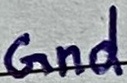
Text: Gnd